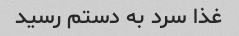
غذا سرد به دستم رسید